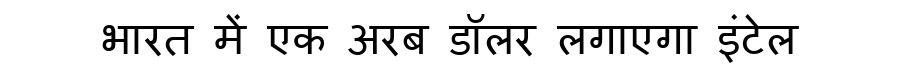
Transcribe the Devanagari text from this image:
भारत में एक अरब डॉलर लगाएगा इंटेल